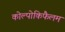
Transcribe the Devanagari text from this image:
कोल्पोकिफैलम